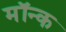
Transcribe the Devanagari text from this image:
मॉन्क